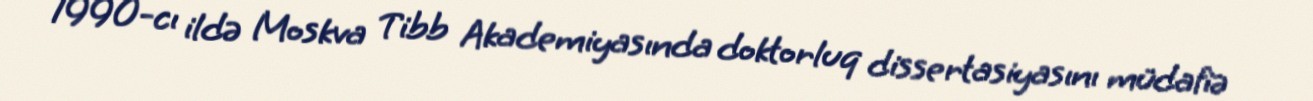
1990-cı ildə Moskva Tibb Akademiyasında doktorluq dissertasiyasını müdafiə